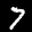
Label: 7